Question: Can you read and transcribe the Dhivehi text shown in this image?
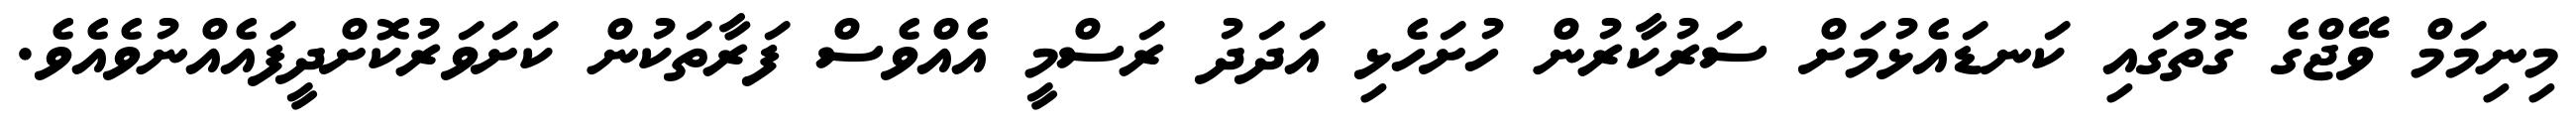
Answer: މިނިމަމް ވޭޖްގެ ގޮތުގައި ކަނޑައެޅުމަށް ސަރުކާރުން ހުށަހެޅި އަދަދު ރަސްމީ އެއްވެސް ފަރާތަކުން ކަށަވަރުކޮށްދީފައެއްނުވެއެވެ.